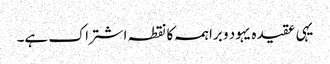
یہی عقیدہ یہود و براہمہ کا نقطہ اشتراک ہے۔